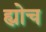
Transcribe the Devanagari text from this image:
ह्योच